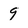
Character: 9